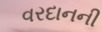
વરદાનની